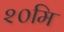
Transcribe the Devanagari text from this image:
२०मि